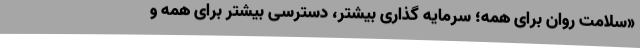
«سلامت روان برای همه؛ سرمایه گذاری بیشتر، دسترسی بیشتر برای همه و